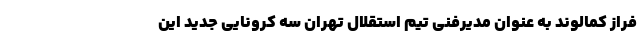
فراز کمالوند به عنوان مدیرفنی تیم استقلال تهران سه کرونایی جدید این